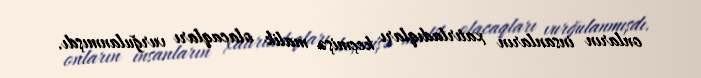
onların insanların xatırladıqları keçmişə malik olacaqları vurğulanmışdı.